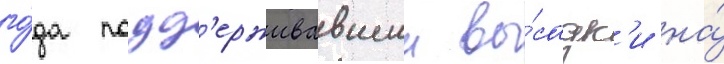
го́да подд'ерживавшии вы́садк'и на́